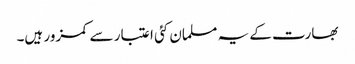
بھارت کے یہ مسلمان کئی اعتبار سے کمزور ہیں۔